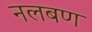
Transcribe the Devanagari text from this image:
नलबण